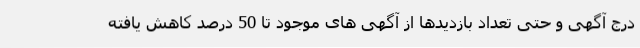
درج آگهی و حتی تعداد بازدیدها از آگهی های موجود تا 50 درصد کاهش یافته